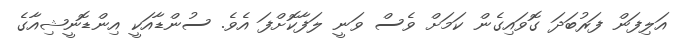
އަލިފަން ފަރުބަދަ ގޮވައިގެން ކަމަށް ވެސް ވަނީ ލަފާކޮށްފަ އެވެ. ސުންޑާއަކީ އިންޑޮނީޝިއާގެ